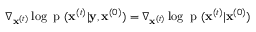
\nabla _ { \mathbf { x } ^ { ( t ) } } \log { \mathrm { ~ p ~ } ( \mathbf { x } ^ { ( t ) } | \mathbf { y } } , \mathbf { x } ^ { ( 0 ) } ) = \nabla _ { \mathbf { x } ^ { ( t ) } } \log { \mathrm { ~ p ~ } ( \mathbf { x } ^ { ( t ) } | \mathbf { x } ^ { ( 0 ) } ) }